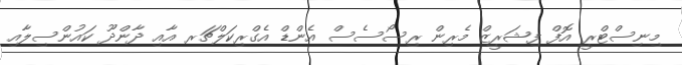
މިނިސްޓްރީ އޮފް ފިޝަރީޒް މެރިން ރިސޯސެސް އެންޑް އެގްރިކަލްޗަރ އާއި ދާންދޫ ކައުންސިލާއި